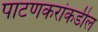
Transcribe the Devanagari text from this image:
पाटणकरांकडील